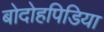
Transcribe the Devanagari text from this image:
बोदोहपिडिया